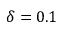
\delta = 0 . 1